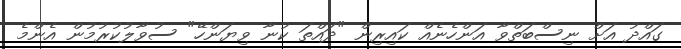
ގައްދު އަށް ނިސްބަތްވާ އަންހެނެއް ކައިރިން "ދައްތަ ކުނާ ވިޔަންހޭ" ސުވާލުކުރުމުން އެންމެ